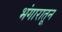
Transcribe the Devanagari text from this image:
भंगारातून